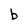
Character: b